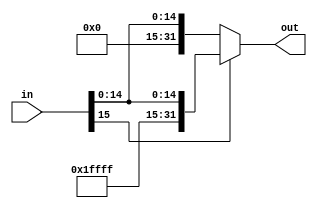
module SignExtend(in, out);

input [15:0] in;

output reg [31:0] out;

always@(*)
begin 
	if ( in[15] == 1) out <= {16'hffff,in};
	else out <= {16'h0000,in};

end

endmodule